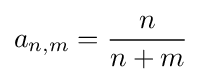
a_{n,m}={\frac {n}{n+m}}